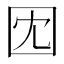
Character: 𫭃